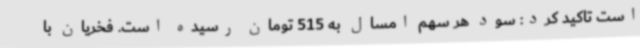
است تاکید کرد: سود هر سهم امسال به 515 تومان رسیده است. فخریان با